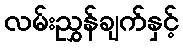
လမ်းညွှန်ချက်နှင့်